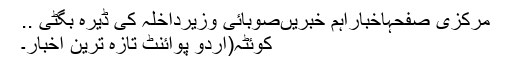
مرکزی صفحہاخباراہم خبریںصوبائی وزیرداخلہ کی ڈیرہ بگٹی ..
کوئٹہ(اُردو پوائنٹ تازہ ترین اخبار۔